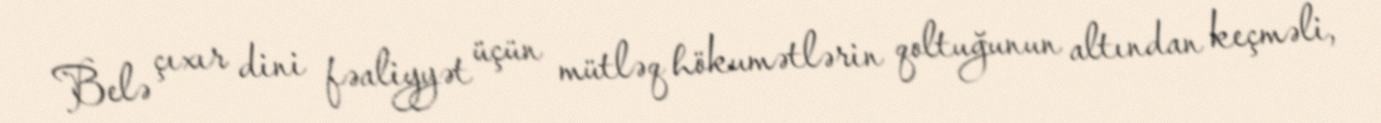
Belə çıxır dini fəaliyyət üçün mütləq hökumətlərin qoltuğunun altından keçməli,